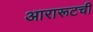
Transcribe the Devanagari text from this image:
आरारूटची